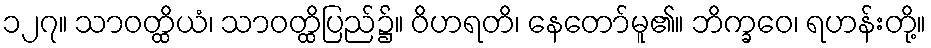
၁၂၇။ သာဝတ္ထိယံ၊ သာဝတ္ထိပြည်၌။ ဝိဟရတိ၊ နေတော်မူ၏။ ဘိက္ခဝေ၊ ရဟန်းတို့။